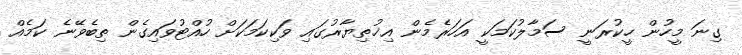
ގިނަ މީހުން ހީކުރަނީ ސަމާލުކަމަކީ އަހަރެމެން އިޚުތިޔާރުގައި ވަކިކަމަކަށް ހުއްޓުވައިގެން ތިބެވޭނެ ކަމެއް